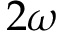
2 \omega